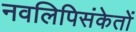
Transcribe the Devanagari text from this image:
नवलिपिसंकेतों